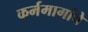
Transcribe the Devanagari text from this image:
कर्ममार्गाचे